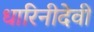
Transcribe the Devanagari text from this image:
धारिनीदेवी